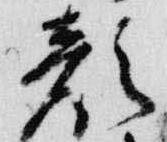
顔